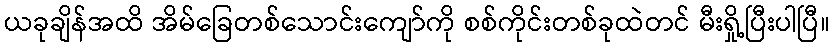
ယခုချိန်အထိ အိမ်ခြေတစ်သောင်းကျော်ကို စစ်ကိုင်းတစ်ခုထဲတင် မီးရှို့ပြီးပါပြီ။